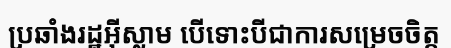
ប្រឆាំងរដ្ឋអ៊ីស្លាម បើទោះបីជាការសម្រេចចិត្ត